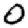
Digit: 0